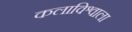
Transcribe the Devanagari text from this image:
कलाविश्वाला